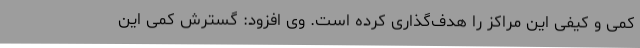
کمی و کیفی این مراکز را هدف‌گذاری کرده است. وی افزود: گسترش کمی این